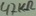
Text: 47KΩ